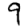
Digit: 9